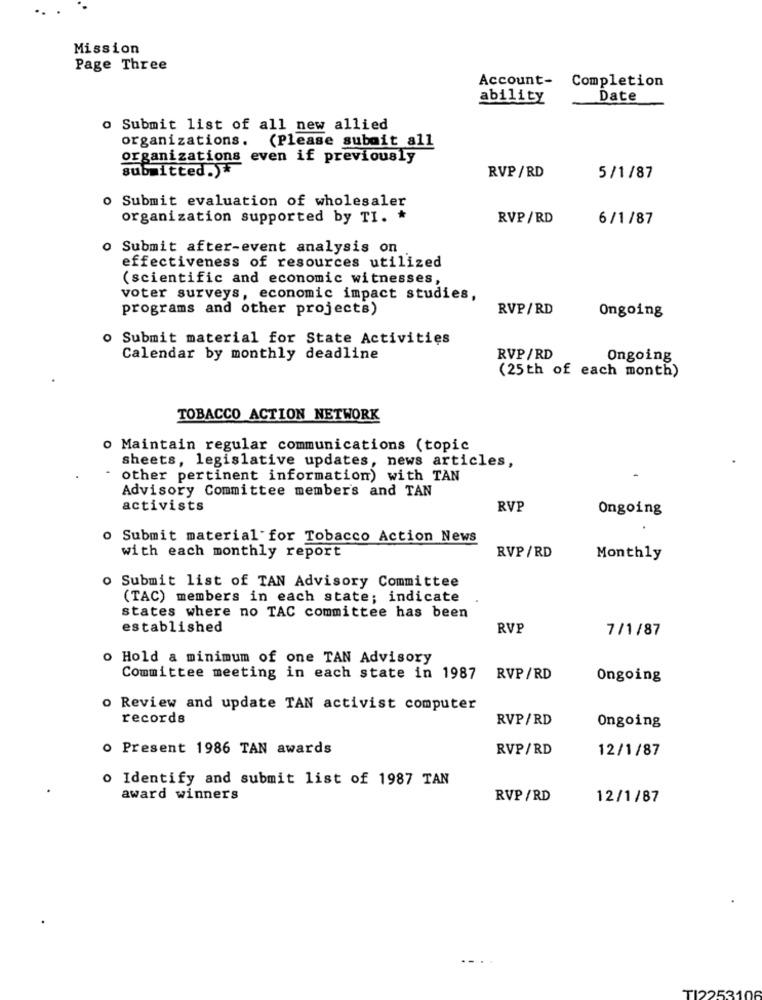
Mission
Page Three
Account- Completion
ability
Date
o Submit list of all new allied
organizations. (Please submit all
organizations even if previously
submitted .*
RVP/RD
5/1/87
o Submit evaluation of wholesaler
organization supported by TI. *
RVP/RD
6/1/87
o Submit after-event analysis on
effectiveness of resources utilized
(scientific and economic witnesses,
voter surveys, economic impact studies,
programs and other projects)
RVP/RD
Ongoing
o Submit material for State Activities
Calendar by monthly deadline
RVP/RD
Ongoing
(25th of each month)
TOBACCO ACTION NETWORK
o Maintain regular communications (topic
sheets, legislative updates, news articles,
other pertinent information) with TAN
Advisory Committee member's and TAN
activists
RVP
Ongoing
o Submit material for Tobacco Action News
RVP /RD
with each monthly report
Monthly
o Submit list of TAN Advisory Committee
(TAC) members in each state; indicate
states where no TAC committee has been
established
RVP
7/1/87
o Hold a minimum of one TAN Advisory
Committee meeting in each state in 1987 RVP/RD
Ongoing
o Review and update TAN activist computer
records
RVP/RD
Ongoing
o Present 1986 TAN awards
RVP/RD
12/1/87
o Identify and submit list of 1987 TAN
award winners
RVP/RD
12/1/87